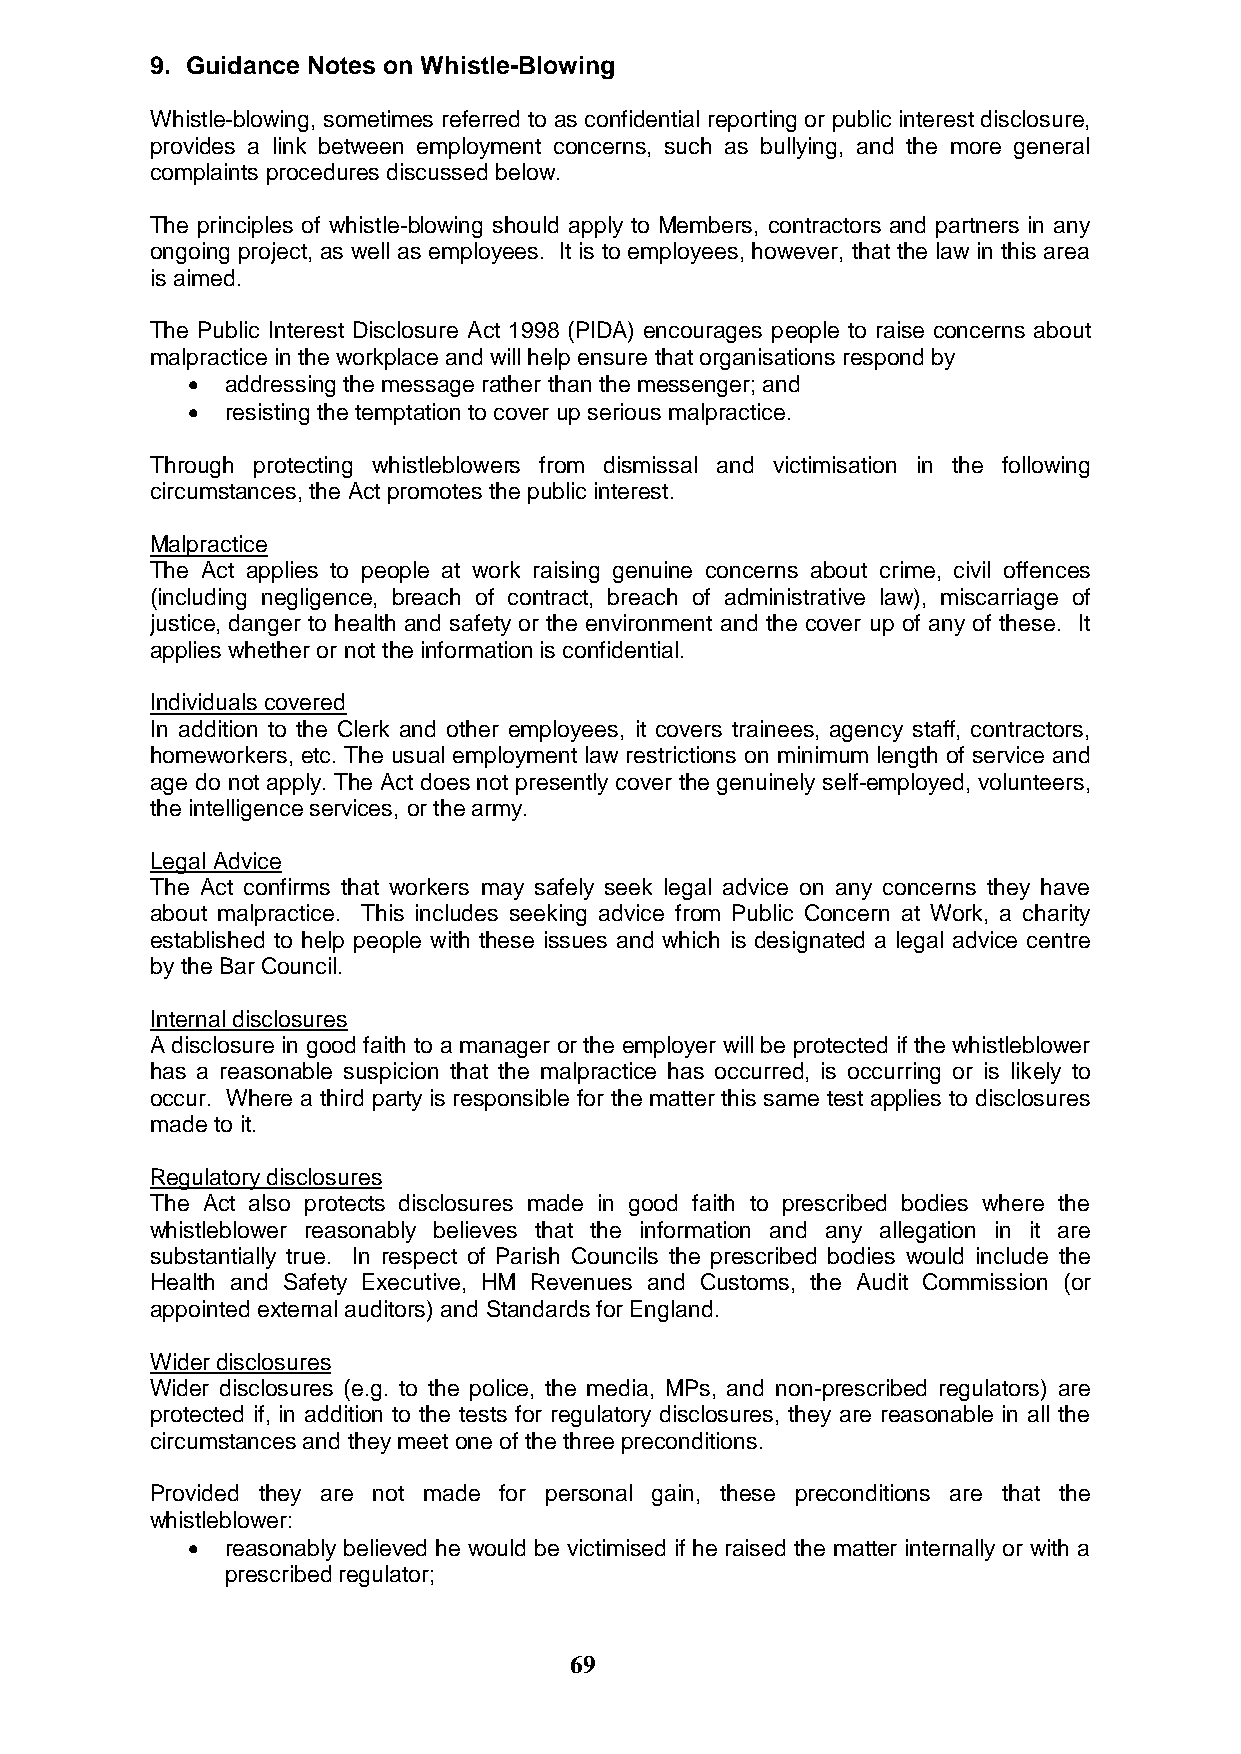
9. Guidance Notes on Whistle-Blowing
 Whistle-blowing, sometimes referred to as confidential reporting or public interest disclosure,
 provides a link between employment concerns, such as bullying, and the more general
 complaints procedures discussed below.
 The principles of whistle-blowing should apply to Members, contractors and partners in any
 ongoing project, as well as employees. It is to employees, however, that the law in this area
 is aimed.
 The Public Interest Disclosure Act 1998 (PIDA) encourages people to raise concerns about
 malpractice in the workplace and will help ensure that organisations respond by
   addressing the message rather than the messenger; and
   resisting the temptation to cover up serious malpractice.
 Through protecting whistleblowers from dismissal and victimisation in the following
 circumstances, the Act promotes the public interest.
 Malpractice
 The Act applies to people at work raising genuine concerns about crime, civil offences
 (including negligence, breach of contract, breach of administrative law), miscarriage of
 justice, danger to health and safety or the environment and the cover up of any of these. It
 applies whether or not the information is confidential.
 Individuals covered
 In addition to the Clerk and other employees, it covers trainees, agency staff, contractors,
 homeworkers, etc. The usual employment law restrictions on minimum length of service and
 age do not apply. The Act does not presently cover the genuinely self-employed, volunteers,
 the intelligence services, or the army.
 Legal Advice
 The Act confirms that workers may safely seek legal advice on any concerns they have
 about malpractice. This includes seeking advice from Public Concern at Work, a charity
 established to help people with these issues and which is designated a legal advice centre
 by the Bar Council.
 Internal disclosures
 A disclosure in good faith to a manager or the employer will be protected if the whistleblower
 has a reasonable suspicion that the malpractice has occurred, is occurring or is likely to
 occur. Where a third party is responsible for the matter this same test applies to disclosures
 made to it.
 Regulatory disclosures
 The Act also protects disclosures made in good faith to prescribed bodies where the
 whistleblower reasonably believes that the information and any allegation in it are
 substantially true. In respect of Parish Councils the prescribed bodies would include the
 Health and Safety Executive, HM Revenues and Customs, the Audit Commission (or
 appointed external auditors) and Standards for England.
 Wider disclosures
 Wider disclosures (e.g. to the police, the media, MPs, and non-prescribed regulators) are
 protected if, in addition to the tests for regulatory disclosures, they are reasonable in all the
 circumstances and they meet one of the three preconditions.
 Provided they are not made for personal gain, these preconditions are that the
 whistleblower:
   reasonably believed he would be victimised if he raised the matter internally or with a
 prescribed regulator;
 69